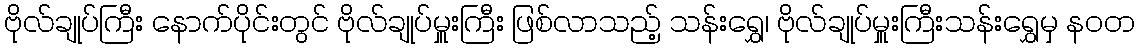
ဗိုလ်ချုပ်ကြီး နောက်ပိုင်းတွင် ဗိုလ်ချုပ်မှူးကြီး ဖြစ်လာသည့် သန်းရွှေ၊ ဗိုလ်ချုပ်မှူးကြီးသန်းရွှေမှ နဝတ